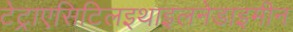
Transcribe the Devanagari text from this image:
टेट्राएसिटिलइथाइलनेडाइमीन